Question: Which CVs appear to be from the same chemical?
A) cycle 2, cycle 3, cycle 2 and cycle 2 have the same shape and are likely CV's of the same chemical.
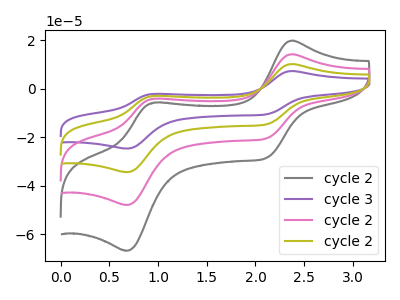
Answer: <think>The gray curve "cycle 2" has anodic peaks at (2.35V, 19.85uA) (0.95V, -5.70uA) and cathodic peaks at (2.10V, -28.50uA) (0.70V, -66.75uA). The purple curve "cycle 3" has anodic peaks at (2.35V, 42.70uA) (0.95V, -12.25uA) and cathodic peaks at (2.10V, -61.30uA) (0.70V, -143.65uA). The pink curve "cycle 2" has anodic peaks at (2.35V, 14.25uA) (0.95V, -4.10uA) and cathodic peaks at (2.10V, -20.45uA) (0.70V, -47.90uA). The olive curve "cycle 2" has anodic peaks at (2.35V, 28.45uA) (0.95V, -8.15uA) and cathodic peaks at (2.10V, -40.85uA) (0.70V, -95.75uA).
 All the peaks in "cycle 2" have a peak in "cycle 3" at the same potential. All the peaks in "cycle 2" have a peak in "cycle 2" at the same potential. All the peaks in "cycle 2" have a peak in "cycle 2" at the same potential. All the peaks in "cycle 3" have a peak in "cycle 2" at the same potential. All the peaks in "cycle 3" have a peak in "cycle 2" at the same potential. All the peaks in "cycle 2" have a peak in "cycle 2" at the same potential.</think>
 <answer>A) "cycle 2", "cycle 3", "cycle 2" and "cycle 2" have the same shape and are likely CV's of the same chemical.</answer>
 <eval>A</eval>